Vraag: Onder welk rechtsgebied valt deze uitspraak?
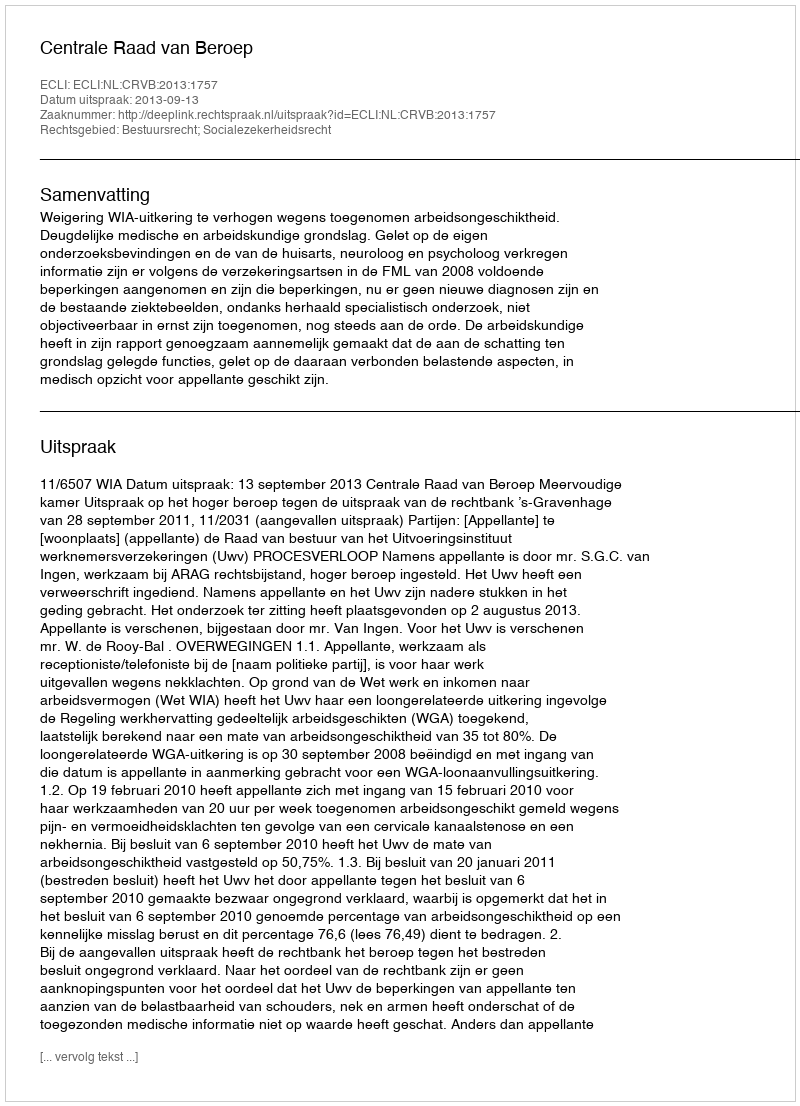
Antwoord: Bestuursrecht; Socialezekerheidsrecht